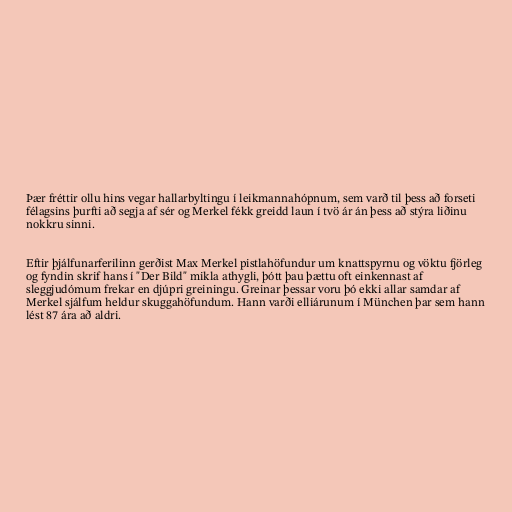
Þær fréttir ollu hins vegar hallarbyltingu í leikmannahópnum, sem varð til þess að forseti
félagsins þurfti að segja af sér og Merkel fékk greidd laun í tvö ár án þess að stýra liðinu
nokkru sinni.

Eftir þjálfunarferilinn gerðist Max Merkel pistlahöfundur um knattspyrnu og vöktu fjörleg
og fyndin skrif hans í "Der Bild" mikla athygli, þótt þau þættu oft einkennast af
sleggjudómum frekar en djúpri greiningu. Greinar þessar voru þó ekki allar samdar af
Merkel sjálfum heldur skuggahöfundum. Hann varði elliárunum í München þar sem hann
lést 87 ára að aldri.